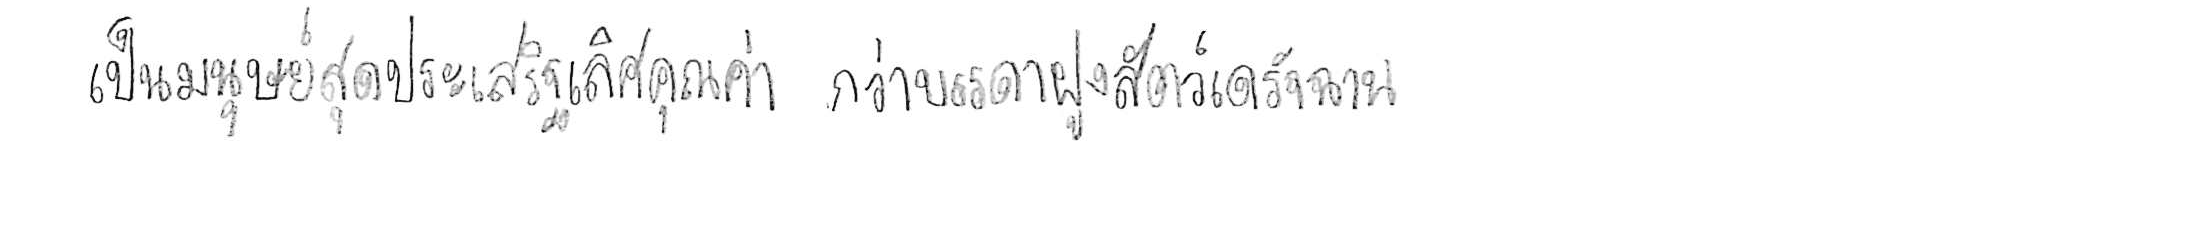
เป็นมนุษย์สุดประเสริฐเลิศคุณค่า กว่าบรรดาฝูงสัตว์เดรัจฉาน